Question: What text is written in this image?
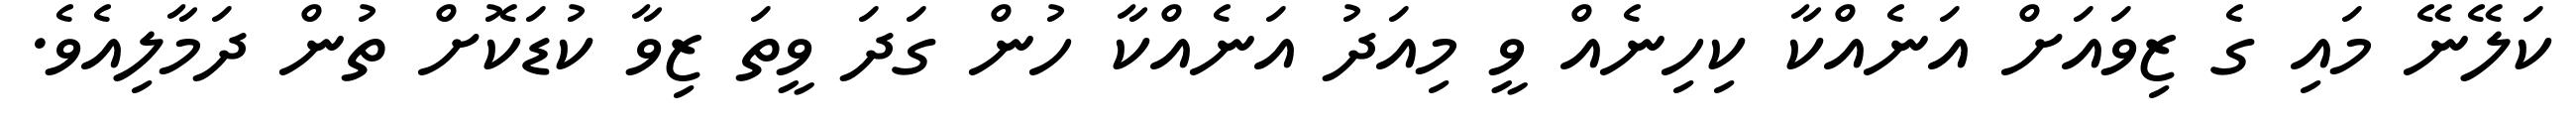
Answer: ކަލޭނޭ މައި ގެ ޒިވައަށް އަނެއްކާ ކިހިނެއް ވީ މިއަދު އަނެއްކާ ހުން ގަދަ ވީތަ ޒިވާ ކުޑަކޮށް ތުން ދަމާލިއެވެ.